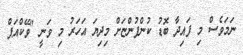
ނަމަވެސް މި ފައިދާ ބޮޑު ކުންފުންޏަށް މިދިޔަ އަހަރު މި ވަނީ "ވޭކްއަޕް